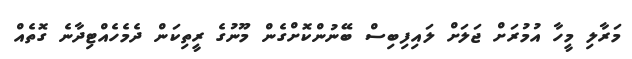
މަރާލި މީހާ އުމުރަށް ޖަލަށް ލައިފިބިސް ބޭނުންކޮށްގެން މޫނުގެ ރީތިކަން ދެމެހެއްޓިދާނެ ގޮތެއް